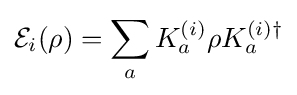
{\mathcal {E}}_{i}(\rho )=\sum _{a}K_{a}^{(i)}\rho K_{a}^{(i)\dagger }